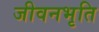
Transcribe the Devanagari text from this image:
जीवनभृति